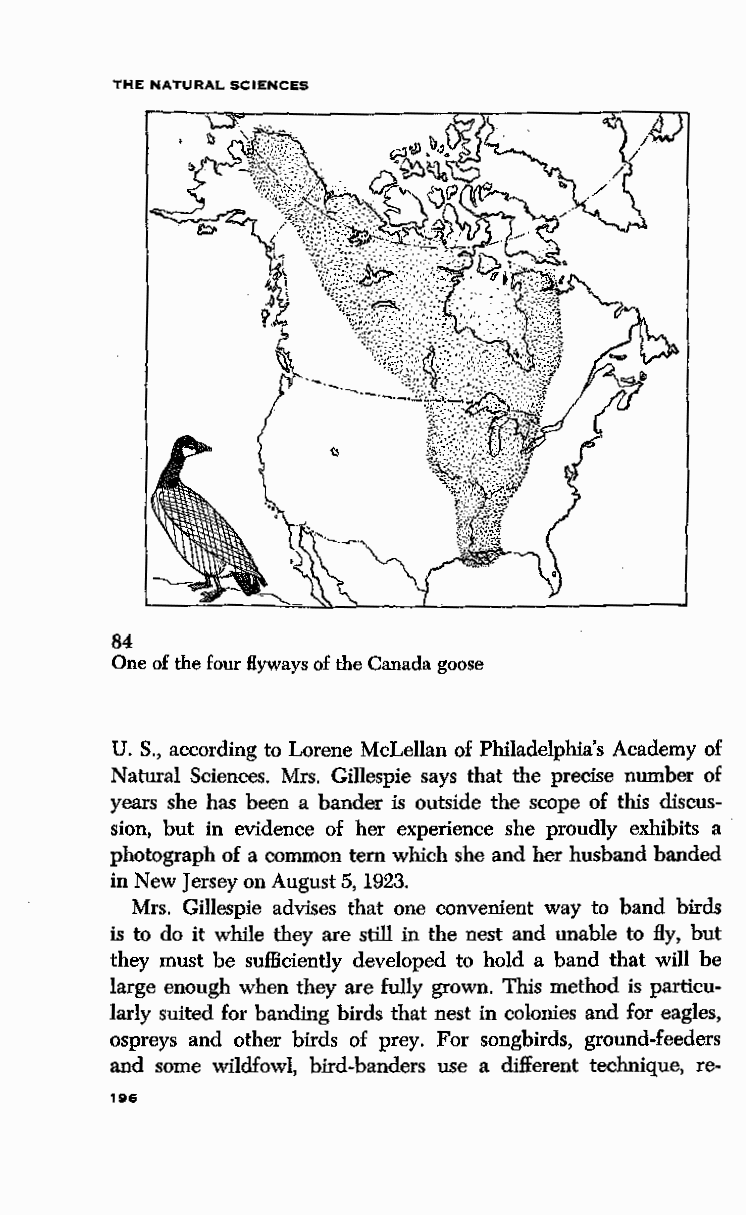
THE NATURAL SCIENCES
 84
 One of the four flyways of the Canada goose
 U. S., according to Lorene McLellan of Philadelphia's Academy of
 Natural Sciences. Mrs. Gillespie says that the precise number of
 years she has been a bander is outside the scope of this discus~
 sion, but in evidence of her experience she proudly exhibits a ·
 photograph of a common tern which she and her husband banded
 in New Jersey on August 5, 1923.
 Mrs. Gillespie advises that one convenient way to band birds
 is to do it while they are still in the nest and unable to fly, but
 they must be sufficiently developed to hold a band that will be
 large enough when they are fully grown. This method is particu~
 larly suited for banding birds that nest in colonies and for eagles,
 ospreys and other birds of prey. For songbirds, ground~feeders
 and some wildfowl, bird~banders use a different technique, re~
 196